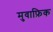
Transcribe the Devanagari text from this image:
मुवाफ़िक